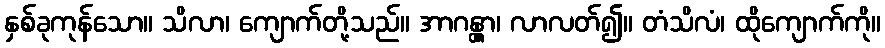
နှစ်ခုကုန်သော။ သိလာ၊ ကျောက်တို့သည်။ အာဂန္တွာ၊ လာလတ်၍။ တံသိလံ၊ ထိုကျောက်ကို။